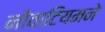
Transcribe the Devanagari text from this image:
नोवाटियमने